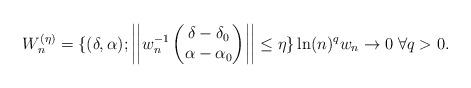
LaTeX: \begin{align*} W_n^{(\eta)} = \{ (\delta, \alpha) ; \left| \left| w_n^{-1}\begin{pmatrix} \delta - \delta_0 \\ \alpha - \alpha_0 \end{pmatrix} \right| \right| \leq \eta\} \ln(n)^q w_n \rightarrow 0\; \forall q>0 . \end{align*}